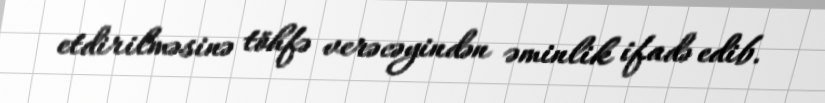
etdirilməsinə töhfə verəcəyindən əminlik ifadə edib.